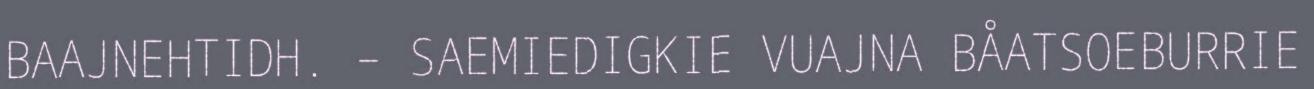
BAAJNEHTIDH. – SAEMIEDIGKIE VUAJNA BÅATSOEBURRIE